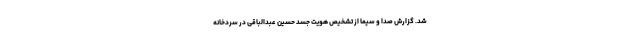
شد. گزارش صدا و سیما از تشخیص هویت جسد حسین عبدالباقی در سردخانه